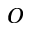
O